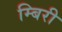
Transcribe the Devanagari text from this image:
म्बिरी